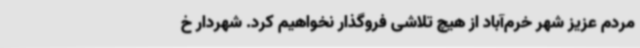
مردم عزیز شهر خرم‌آباد از هیچ تلاشی فروگذار نخواهیم کرد. شهردار خ